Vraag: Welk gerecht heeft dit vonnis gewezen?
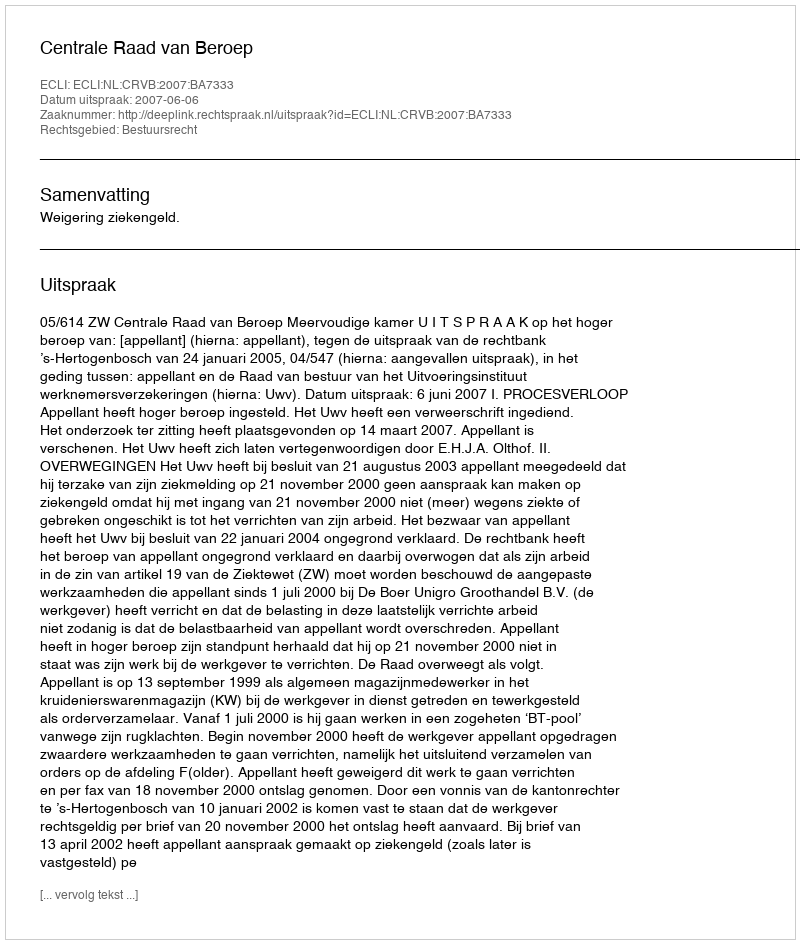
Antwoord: Centrale Raad van Beroep